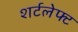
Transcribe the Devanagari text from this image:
शर्टलेफ्ट